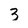
Character: 3